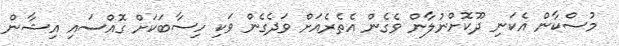
މުސްކާން އެކަނި ދޫކޮށްނުލާން ވެގެން އެތެރެއަށް ވަދެގެން ވަކި ހިސާބަކަށް ގޮއްސައި އިޝާން